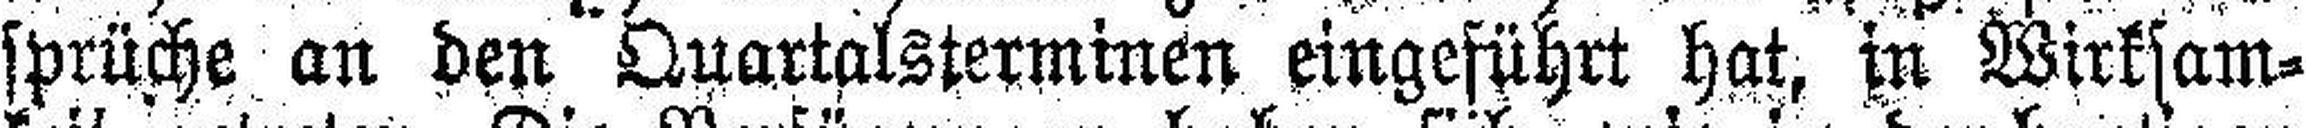
sprüche an den Quartalsterminen eingeführt hat, in Wirksam¬